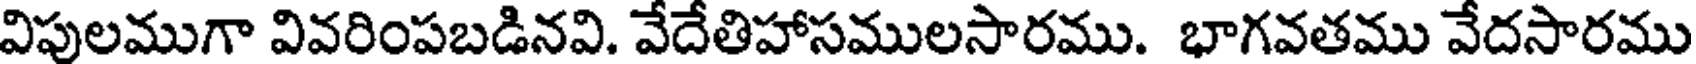
విపులముగా వివరింపబడినవి. వేదేతిహాసములసారము. భాగవతము వేదసారము